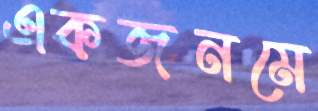
একজনমে